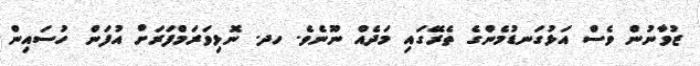
ޒުވާނުން ވެސް އަޅުގަނޑުމެންގެ ތެރޭގައި މަދެއް ނޫނެވެ. ހދ. ނޮޅިވަރަމްފަރަށް އުފަން ހުސައިން